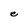
Character: e